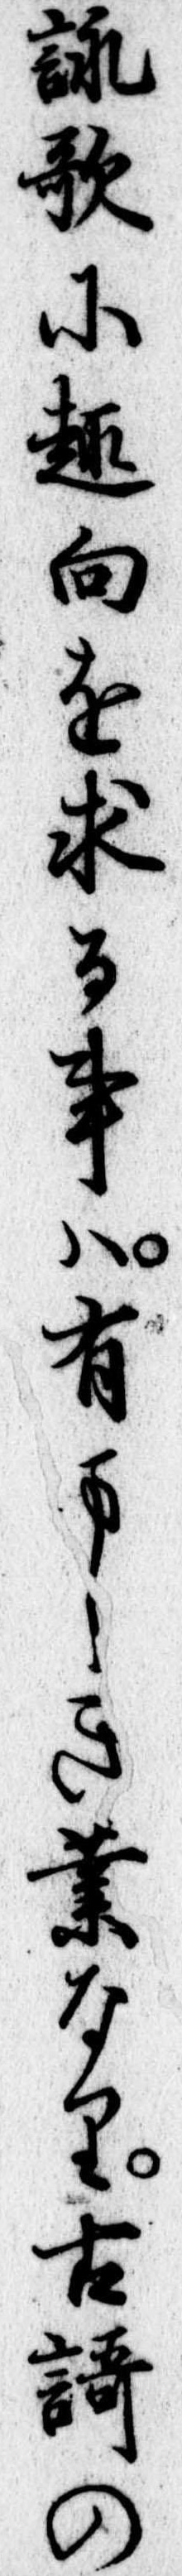
詠歌に趣向を求る事は有ましき業なり古歌の